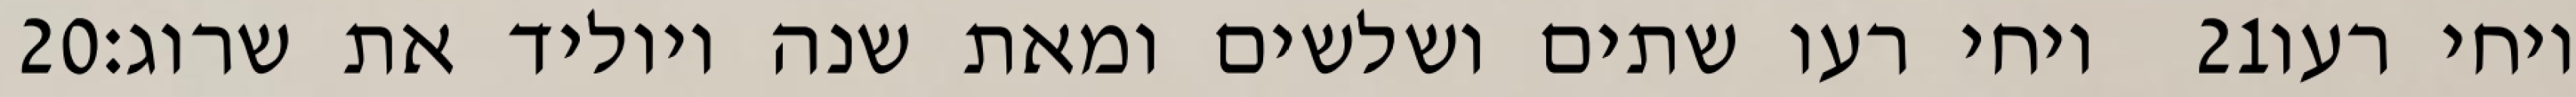
‎20‏ ויחי רעו שתים ושלשים ומאת שנה ויוליד את שרוג׃ ‎21‏ ויחי רעו